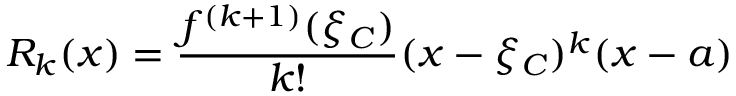
R _ { k } ( x ) = { \frac { f ^ { ( k + 1 ) } ( \xi _ { C } ) } { k ! } } ( x - \xi _ { C } ) ^ { k } ( x - a )